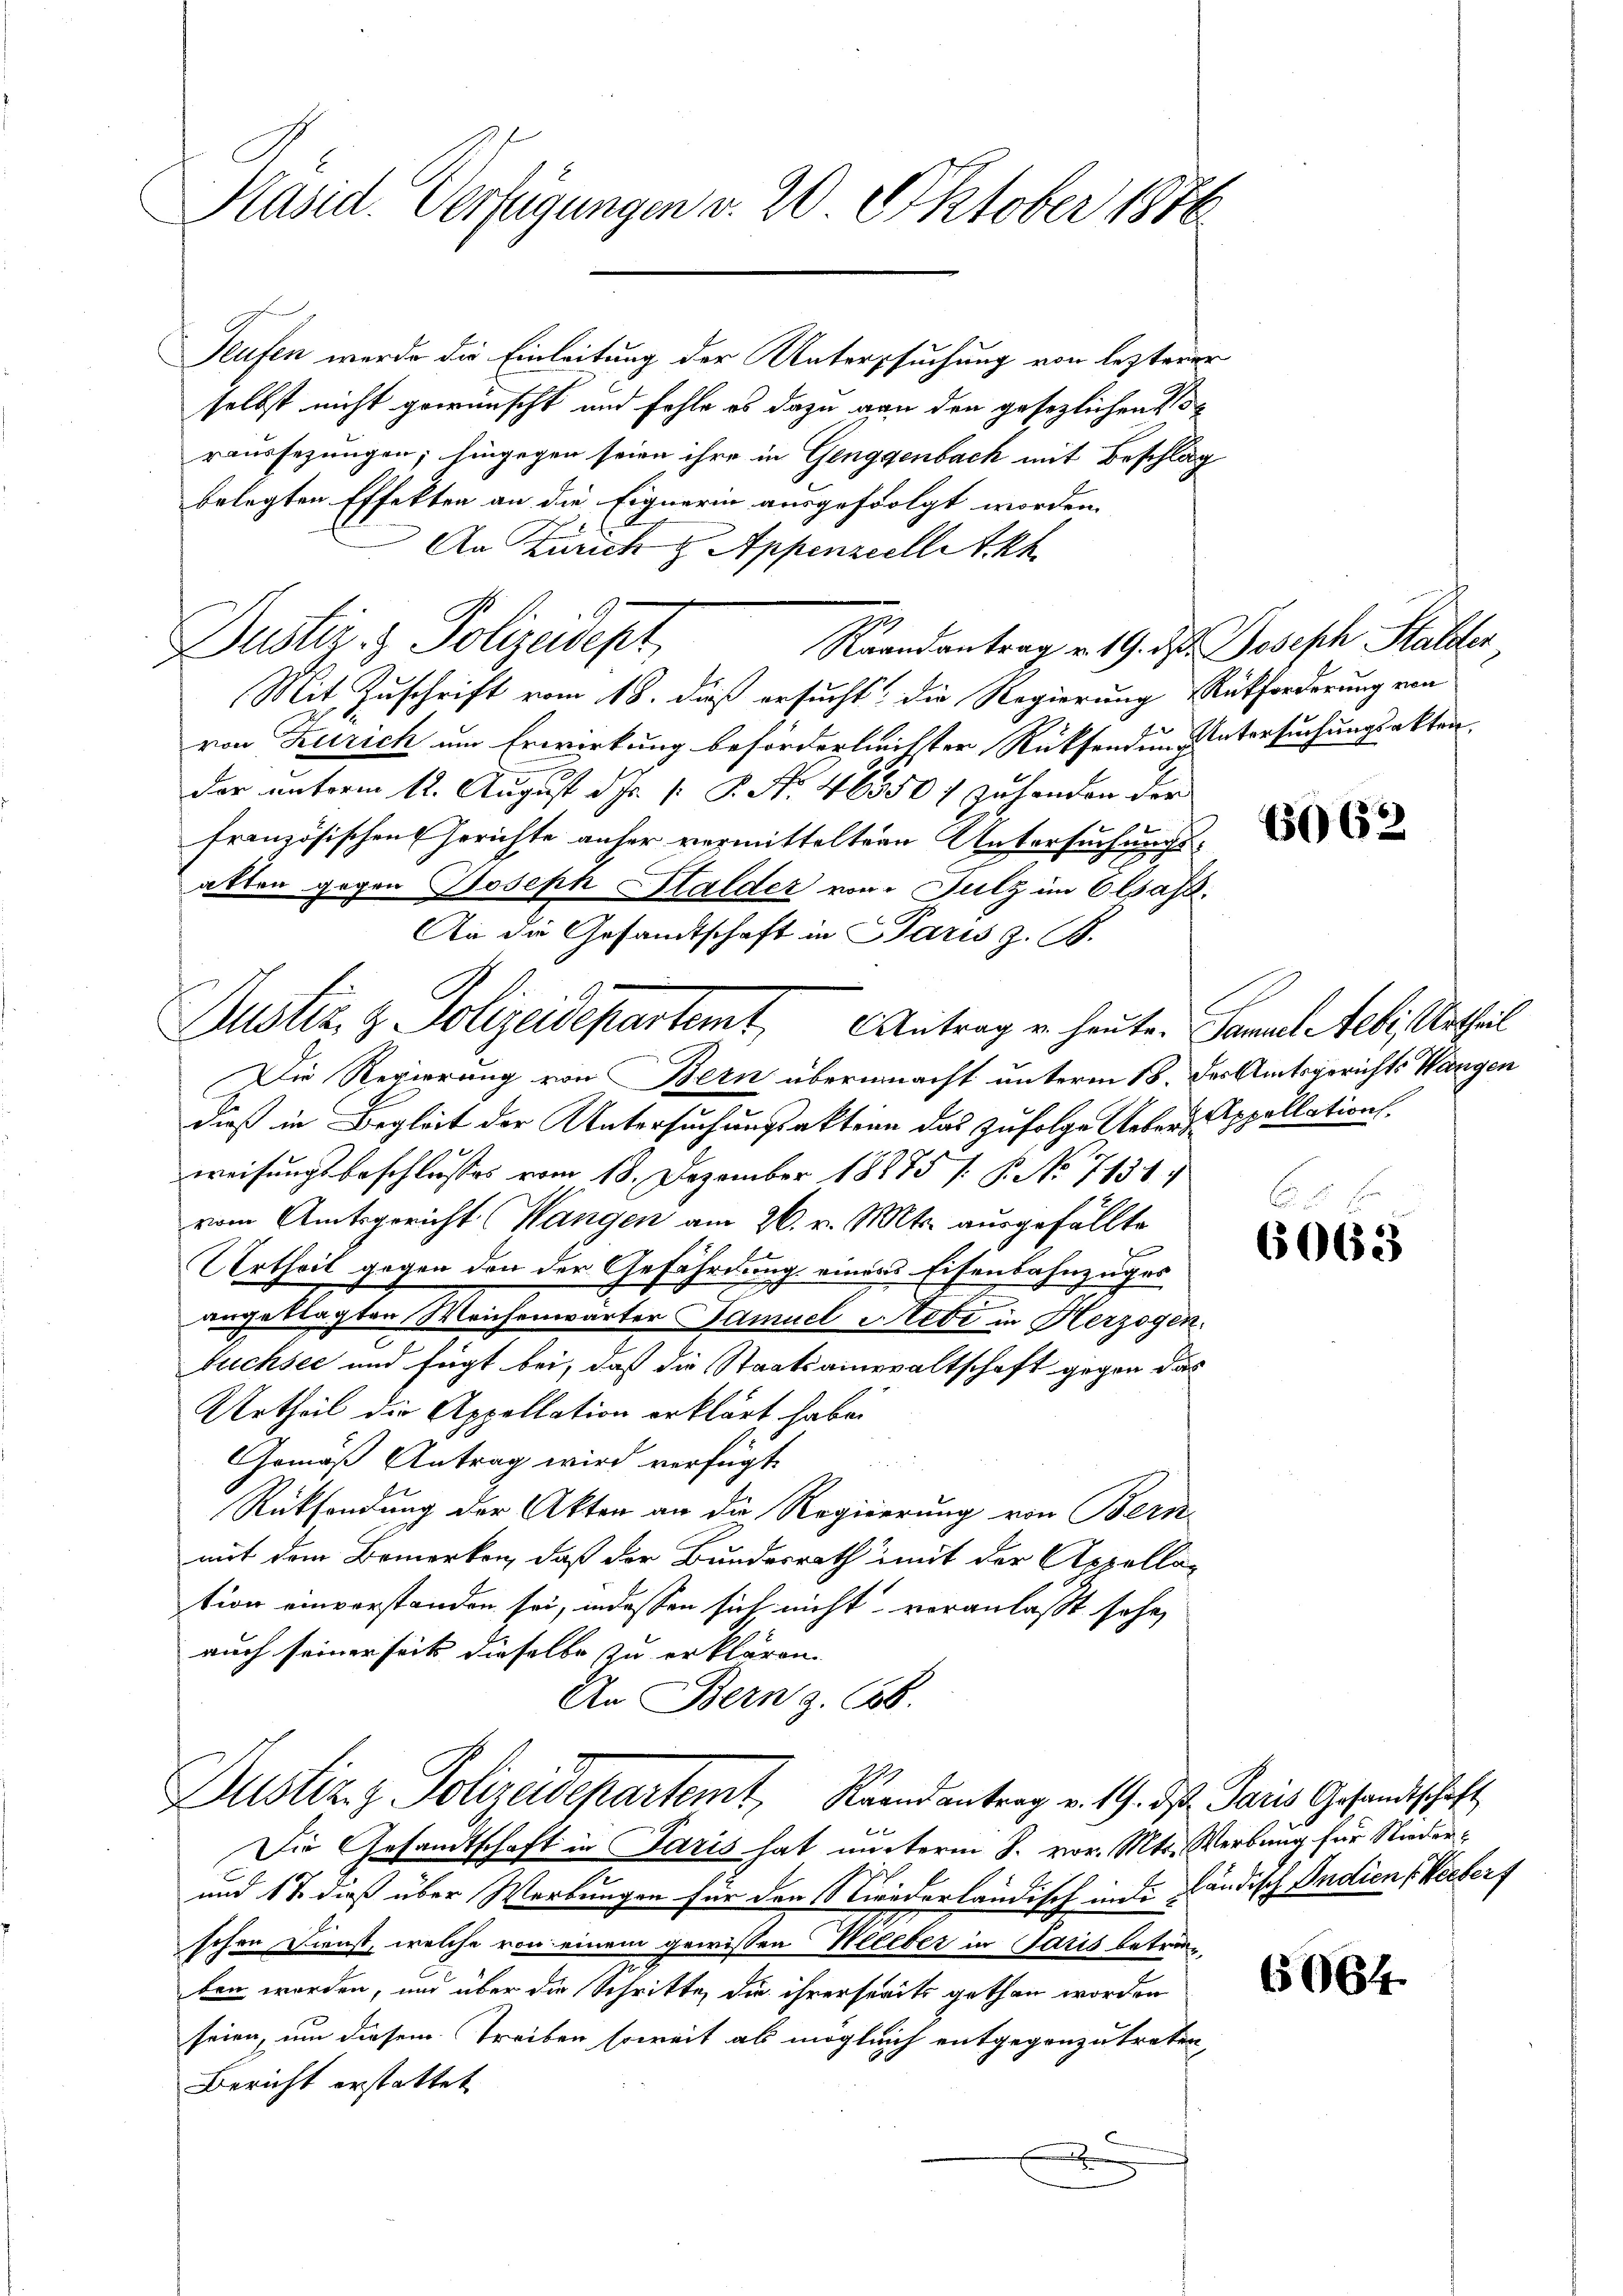
Kasid. Verfügungen v. 20. Oktober 1876.

Teufen werde die Einleitung der Untersuchung von lezterer
selbst nicht gewünscht und fehle es dazu von den gesezlichen
raussezungen; hingegen seien ihre in Genggenbach mit Beschlag
belegten Effekten an die Eignerin ausgefolgt worden.
An Zürich & Appenzell Akh
7
Justiz & Polizeidept,
Raandantrag u. 19. d. Joseph Stalder
Mit Zuschrift vom 18. dieß ersucht, die Regierung Rückforderung von
von Zürich um Erwirkung beförderlichster Rücksenden Untersuchungsakten.
der unterm 12. August d. Js. s. S. Nr. 46550 f zu handen der
französischen Gerichte anher vermitteltern Untersuchungsalten gegen Joseph Halder von Julz im Elsass.
Justiz & Polizeidepartemt Antrag u. heute. Samuel Aebi, Urtheil
Die Regierung von Bern übernacht unterm 18. des Amtsgerichts Wangen
dieß in Begleit der Untersuchungsakten das zufolge Ueberg-Appollationsweisungsbeschlusses vom 18. Dezember 18875 /: P. No 71314
vom Amtsgericht (Wangen am 26. v. Mts. ausgefällte
Urtheil gegen den der Gefährdung einer Eisenbahnzuges
angeklagten Weichenwärter Samuel Rede in Herzogen.
fuchsec und fügt bei, daß die Staatsanwaltschaft gegen das
Urtheil die Appellation erklärt habe.
Gemäß Antrag wird verfügt
Rücksendung der Akten an die Regierung von Bern
mit dem Bemerken, daß der Bundesrath mit der Appella-
tion einverstanden sei, indessen sich nicht veranlaßt sehe,
auch seiner seits dieselbe zu erklären.
An Bern . 686.
Justiz & Polizeidepartemt, Randantrag v. 19. ds. Paris Gesandtschaft
Die Gesandtschaft in Paris hat unterm S. vor. Mts. Werbung für Nieder¬
und 17 dieß über Werbungen für den Niederländisch unte ländisch Indien Weeberf
schen Dienst, welche von einem gewissen Weeeber in Paris betriben worden, und über die Schritte, die ihrerseits gethan worden
seien, um diesem Treiben soweit als mogleich entgegenzutreten
Bericht erstattet
.

An die Gesandtschaft in Paris z. B.
C

6062

6063

6064.